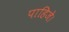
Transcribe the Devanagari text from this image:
पाहिजे।